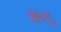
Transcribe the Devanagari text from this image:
केंदू